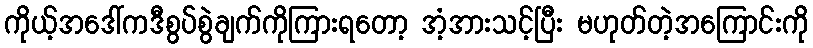
ကိုယ့်အဒေါ်ကဒီစွပ်စွဲချက်ကိုကြားရတော့ အံ့အားသင့်ပြီး မဟုတ်တဲ့အကြောင်းကို